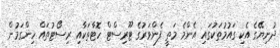
ދުނިޔޭގެ އެކި ގައުމުތަކުގައި އެންމެ މަތީ ފެންވަރުގެ ޓޫރިސްޓް ހޮޓާތަކާއި ރިސޯޓުތައް ހިންގަމުން